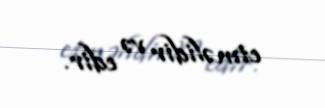
etməlidir və edir.